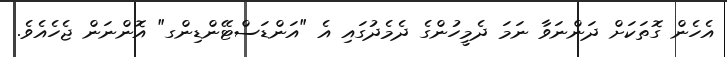
އެހެން ގޮތަކަށް ދަންނަވާ ނަމަ ދެމީހުންގެ ދެމެދުގައި އެ "އަންޑަސްޓޭންޑިންގ" އޮންނަން ޖެހެއެވެ.